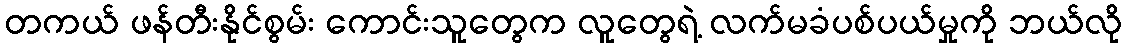
တကယ် ဖန်တီးနိုင်စွမ်း ကောင်းသူတွေက လူတွေရဲ့ လက်မခံပစ်ပယ်မှုကို ဘယ်လို